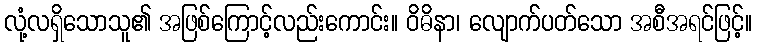
လုံ့လရှိသောသူ၏ အဖြစ်ကြောင့်လည်းကောင်း။ ဝိဓိနာ၊ လျောက်ပတ်သော အစီအရင်ဖြင့်။